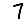
Digit: 7